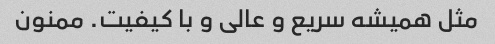
مثل همیشه سریع و عالی و با کیفیت. ممنون